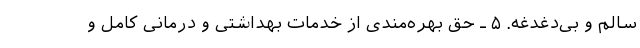
سالم و بی‌دغدغه. ۵ ـ حق بهره‌مندی از خدمات بهداشتی و درمانی کامل و